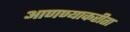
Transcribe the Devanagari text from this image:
आणण्याकरीता